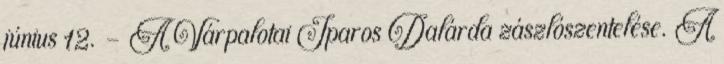
június 12. – A Várpalotai Iparos Dalárda zászlószentelése. A